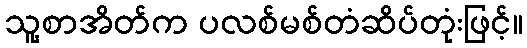
သူ့စာအိတ်က ပလစ်မစ်တံဆိပ်တုံးဖြင့်။